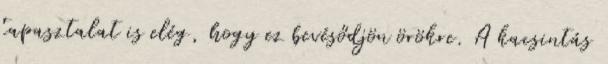
tapasztalat is elég, hogy ez bevésődjön örökre. A kacsintás